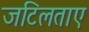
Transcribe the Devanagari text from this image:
जटिलताए